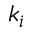
k _ { i }